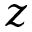
z